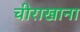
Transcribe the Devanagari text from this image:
चीराखाना